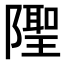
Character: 𨼳